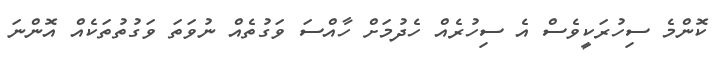
ކޮންމެ ސިހުރަކީވެސް އެ ސިހުރެއް ހެދުމަށް ހާއްސަ ވަގުތެއް ނުވަތަ ވަގުތުތަކެއް އޮންނަ